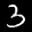
Label: 3